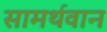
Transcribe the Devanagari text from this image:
सामर्थवान